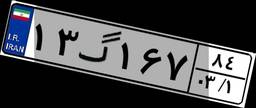
۱۳گ۱۶۷۸۴